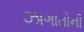
ઝાગાતોની